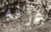
غرفه